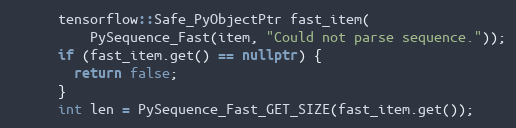
Language: C++
      tensorflow::Safe_PyObjectPtr fast_item(
          PySequence_Fast(item, "Could not parse sequence."));
      if (fast_item.get() == nullptr) {
        return false;
      }
      int len = PySequence_Fast_GET_SIZE(fast_item.get());